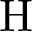
\mathrm { H }